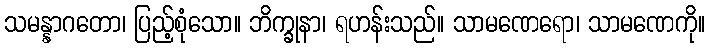
သမန္နာဂတော၊ ပြည့်စုံသော။ ဘိက္ခုနာ၊ ရဟန်းသည်။ သာမဏေရော၊ သာမဏေကို။